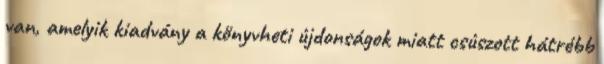
van, amelyik kiadvány a könyvheti újdonságok miatt csúszott hátrébb